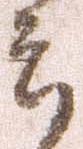
郎